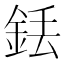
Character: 銩